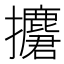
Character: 𢹲